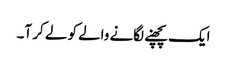
ایک پچھنے لگانے والے کو لے کر آ۔